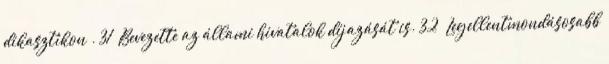
dikasztikon . 31 Bevezette az állami hivatalok díjazását is. 32 Legellentmondásosabb